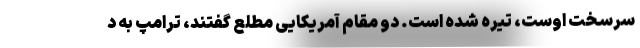
سرسخت اوست، تیره شده است. دو مقام آمریکایی مطلع گفتند، ترامپ به د